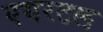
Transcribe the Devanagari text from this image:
एयरटल